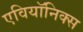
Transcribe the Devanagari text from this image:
एवियॉनिक्स